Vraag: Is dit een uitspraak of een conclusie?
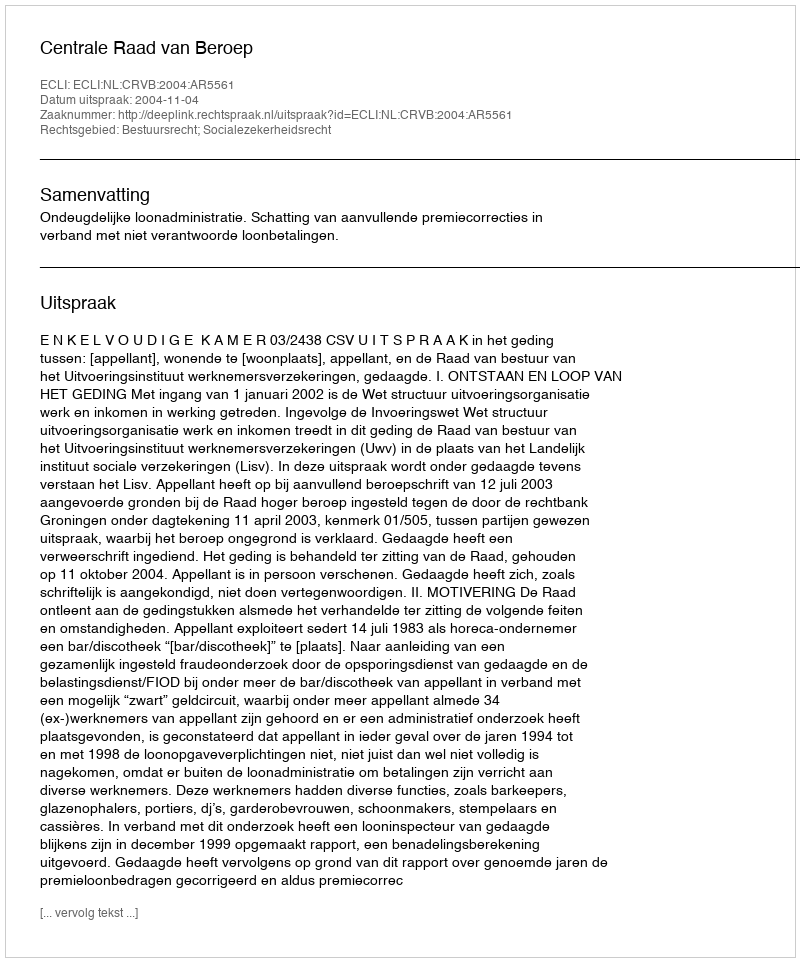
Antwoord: Uitspraak